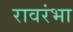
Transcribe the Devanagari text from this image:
रावरंभा